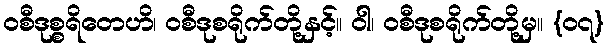
ဝစီဒုစ္စရိတေဟိ၊ ဝစီဒုစရိုက်တို့နှင့်။ ဝါ၊ ဝစီဒုစရိုက်တို့မှ။ {၀၇}